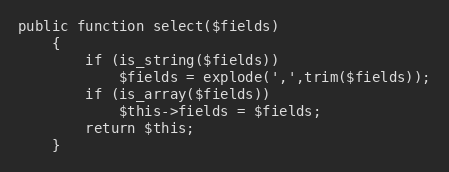
Language: PHP
public function select($fields)
    {
        if (is_string($fields))
            $fields = explode(',',trim($fields));
        if (is_array($fields))
            $this->fields = $fields;
        return $this;
    }